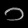
Digit: ၁